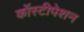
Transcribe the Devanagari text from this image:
कॉस्टीपेशन